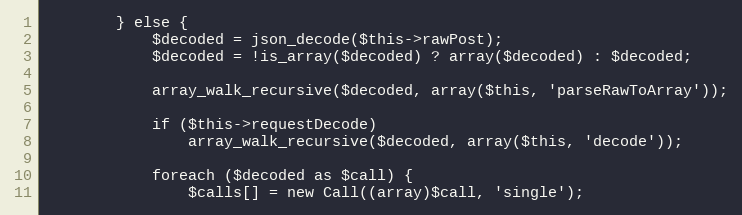
Language: PHP
        } else {
            $decoded = json_decode($this->rawPost);
            $decoded = !is_array($decoded) ? array($decoded) : $decoded;

            array_walk_recursive($decoded, array($this, 'parseRawToArray'));

            if ($this->requestDecode)
                array_walk_recursive($decoded, array($this, 'decode'));

            foreach ($decoded as $call) {
                $calls[] = new Call((array)$call, 'single');